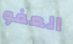
العفو